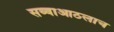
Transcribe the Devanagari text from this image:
सव्वाआठलाच